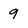
Character: 9